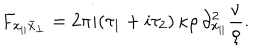
LaTeX: F _ { x _ { | | } \bar { x } _ { \perp } } = 2 \pi i ( \tau _ { 1 } + i \tau _ { 2 } ) \, \kappa \rho \, \partial _ { x _ { | | } } ^ { 2 } \frac { \nu } { \rho } .